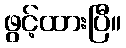
ဖွင့်ထားပြီ။